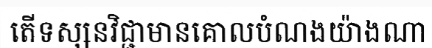
តើទស្សនវិជ្ជាមានគោលបំណងយ៉ាងណា